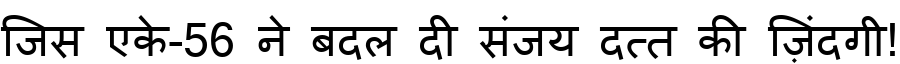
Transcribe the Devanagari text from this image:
जिस एके-56 ने बदल दी संजय दत्त की ज़िंदगी!